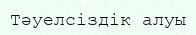
Тәуелсіздік алуы